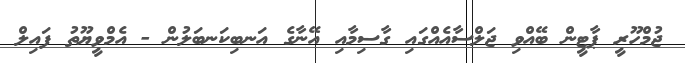
ޖުމްހޫރީ ޕާޓީން ބޭއްވި ޖަލްސާއެއްގައި ގާސިމާއި އޭނާގެ އަނބިކަނބަލުން - އެމްވީޔޫތު ފައިލް